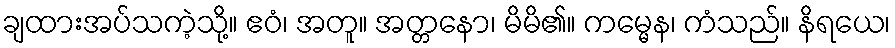
ချထားအပ်သကဲ့သို့။ ဧဝံ၊ အတူ။ အတ္တနော၊ မိမိ၏။ ကမ္မေန၊ ကံသည်။ နိရယေ၊